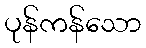
ပုန်ကန်သော